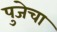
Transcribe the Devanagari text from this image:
पुजेचा